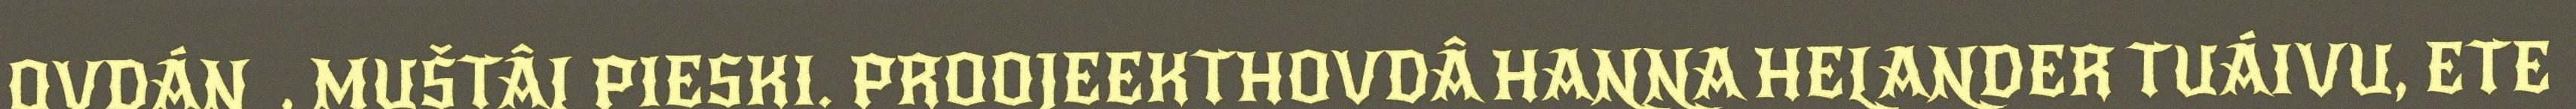
OVDÁN, MUŠTÂL PIESKI. PROOJEEKTHOVDÂ HANNA HELANDER TUÁIVU, ETE